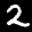
Label: 2